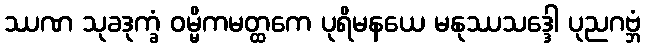
ဿဏ သုခဒုက္ခံ ဝမ္မိကမတ္ထကေ ပုရိမနယေ မနုဿသဒ္ဒေါ ပုညဂဗ္ဘံ